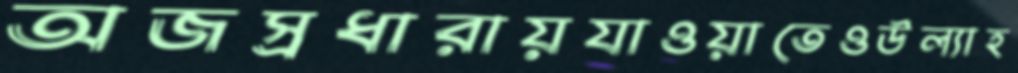
অজস্রধারায়যাওয়াতেওউল্যাহ